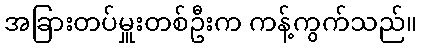
အခြားတပ်မှူးတစ်ဦးက ကန့်ကွက်သည်။